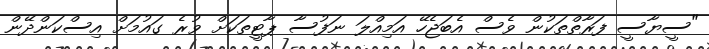
"ސީޔާސީ ފަރާތްތަކުން ވެސް އެބަޖެހޭ އަމިއްލަ ނަފުސާ ޕާޓީތަކަށް ވުރެ ގައުމަށް އިސްކަންދޭން